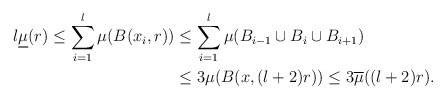
\begin{align*}l\underline{\mu}(r)\leq\sum_{i=1}^{l}\mu(B(x_{i},r)) & \leq\sum_{i=1}^{l}\mu(B_{i-1}\cup B_{i}\cup B_{i+1})\\& \leq3\mu(B(x,(l+2)r))\leq3\overline{\mu}((l+2)r).\end{align*}